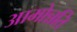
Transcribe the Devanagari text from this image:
आमोन्नति